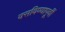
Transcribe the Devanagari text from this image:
वसविण्यापूर्वी